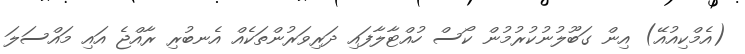
(އެމްކިއުއޭ) އިން ގަބޫލުނުކުރުމުން ކޯސް ހުއްޓާލާފައި ދަރިވަރުންތަކެއް އެނބުރި ރާއްޖެ އައި މައްސަލަ